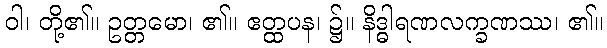
ဝါ၊ တို့၏။ ဥတ္တမော၊ ၏။ ဧတ္ထပန၊ ၌။ နိဒ္ဓါရဏလက္ခဏဿ၊ ၏။